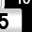
Digit: 5